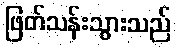
ဖြတ်သန်းသွားသည်